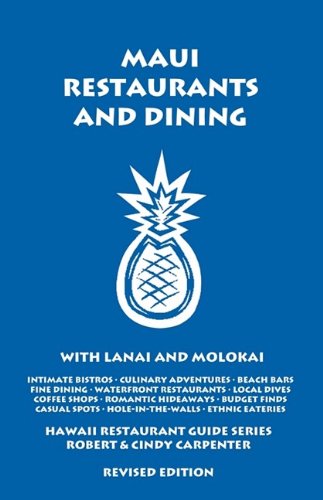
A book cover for Maui Restaurants And Dining With Lanai And Molokai; Robert Carpenter; Travel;